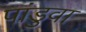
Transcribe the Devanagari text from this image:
पांडुवा